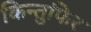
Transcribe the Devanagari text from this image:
किन्तुफिर